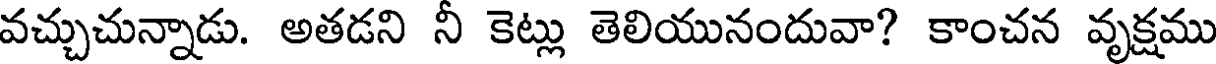
వచ్చుచున్నాడు. అతడని నీ కెట్లు తెలియునందువా? కాంచన వృక్షము